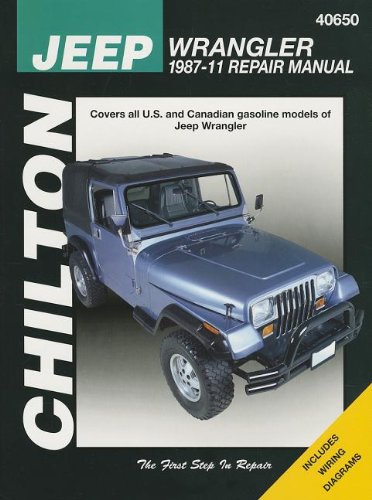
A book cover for Chilton Total Car Care Jeep Wrangler 1987-2011 Repair Manual (Chilton's Total Care); Chilton; Engineering & Transportation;